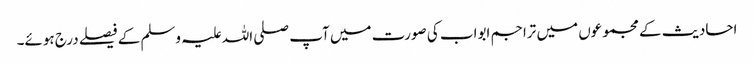
احادیث کے مجموعوں میں تراجم ابواب کی صورت میں آپ صلی اللہ علیہ وسلم کے فیصلے درج ہوئے۔